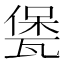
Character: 𤭭